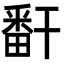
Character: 𬏎